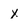
Character: X